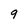
Character: 9